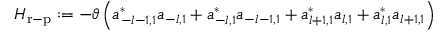
H _ { \mathrm { r - p } } : = - \vartheta \left( a _ { - l - 1 , 1 } ^ { \ast } a _ { - l , 1 } + a _ { - l , 1 } ^ { \ast } a _ { - l - 1 , 1 } + a _ { l + 1 , 1 } ^ { \ast } a _ { l , 1 } + a _ { l , 1 } ^ { \ast } a _ { l + 1 , 1 } \right)